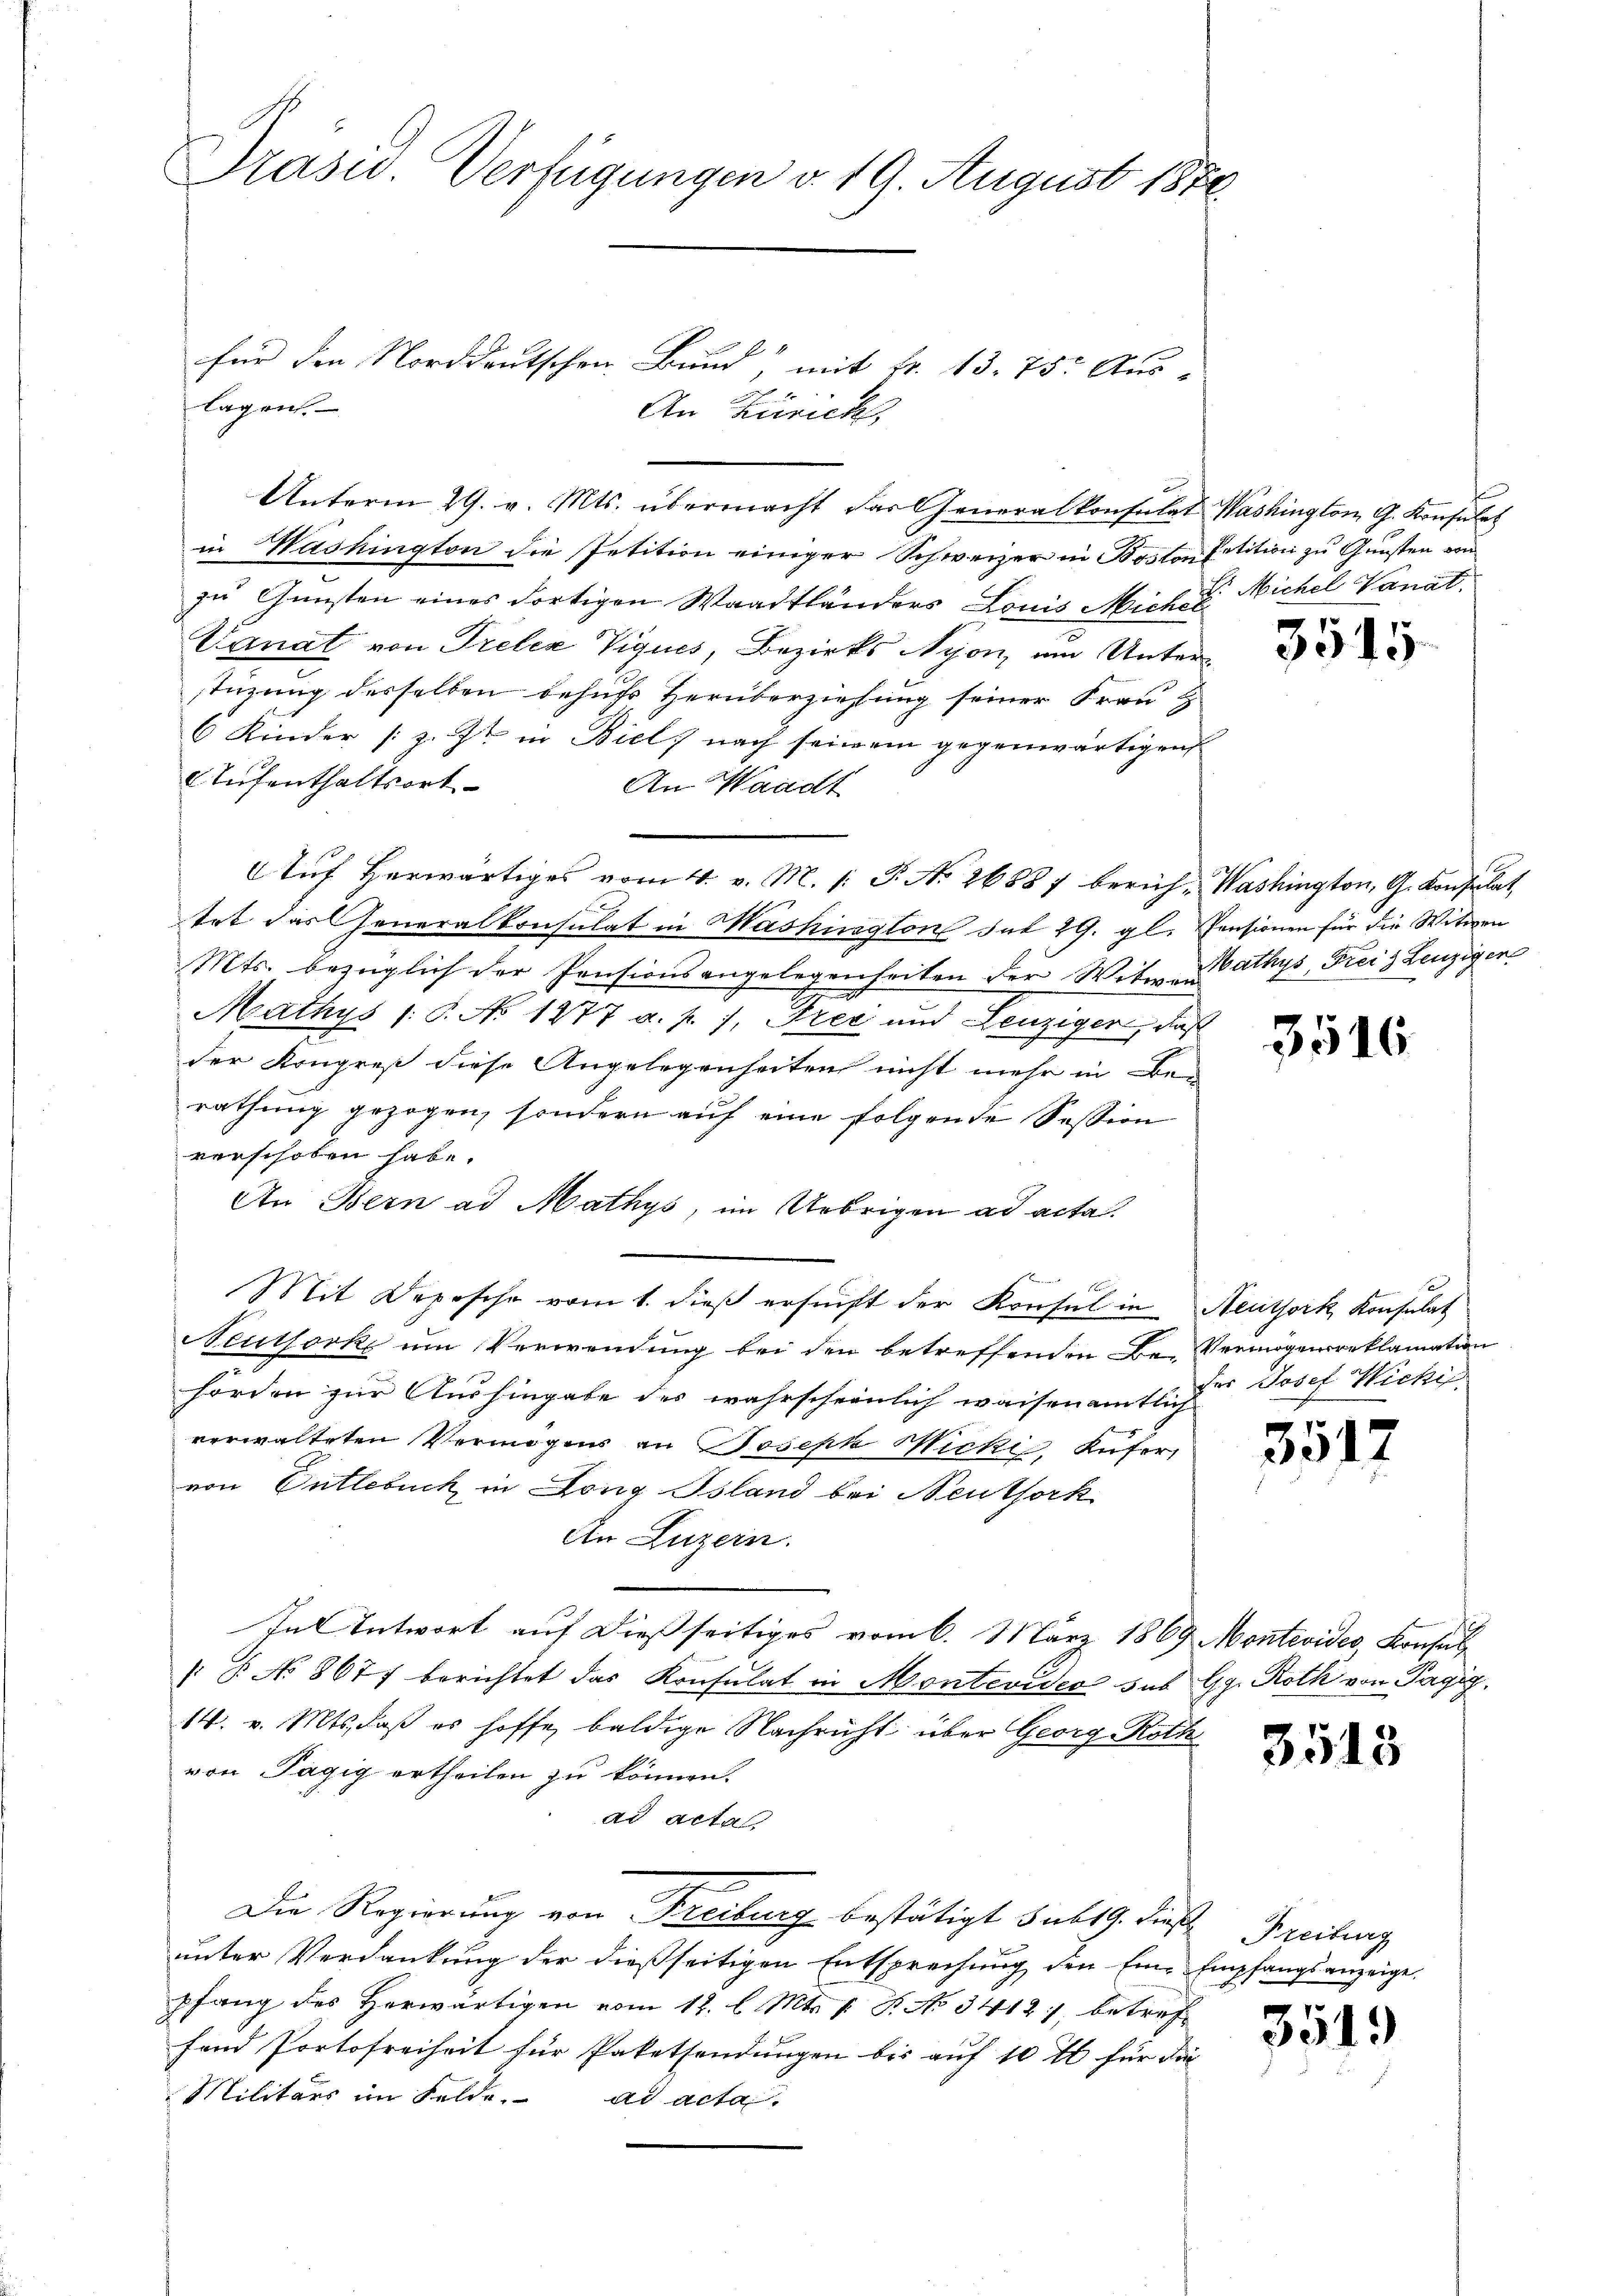
Präsid.. Verfügungen v. 19. August 1880.

für den Norddeutschen Bund, mit Fr. 13. 75. Aus-
lagen.
An Zürich,
Unterm 29. v. Mts. übermacht das Generalkonsulat Washington G. Konsulat
in Washington die Petition einiger Schweizer in Boston Petition zu Gunsten von
zu Gunsten eines dortigen Waadtländers Louis Mich. E. Michel Vanat
Vanat von Treter Viques, Bezirks Nyon, um Unterstüzung desselben behufs Verüberziehung seiner Frau
6 Kinder [z. Zt. in Biel, nach seinem gegenwärtigen
Aufenthaltsort
An Waadt
Auf herwärtiges vom 4. v. M. /: P. No 26887 berich, Washington, G. Konsulat
tet das Generalkonsulat in Mashington hat 29. gl. Pensionen für die Witwen
Mts. bezüglich der Pensionsangelegenheiten der Wite Pathys, Frei Leuzigen
Mathys /: P. No 1877 a. p. 1, Frei und Lenzigen, daß
der Kongreß diese Angelegenheiten nicht mehr in Be-
rathung gezogen, sondern auf eine folgende Session
verschoben habe.
An Bern ad Mathys, im Uebrigen ad acta.
.
Mit Depesche vom 1. dieß ersucht der Konsul in Neuthork Konsulat
Neuthorke um Verwendung bei den betreffenden Be-Vermögensreklamation
hörden zur Aushingabe des wahrscheinlich waisenamtlich
verwalteten Vermögens an Joseph Micki, Küfer,
von Entlebuch in Long Bsland bei Neuthork
An Luzern.
Tat Entwort auf dießseitiges vom 6. März 1869 Montevides, Konsul
B. No 8677 berichtet das Konsulat in Montevideo sub Gg. Roth von Pagig.
14. v. Mts. daß es hoffe, baldige Nachricht über Georg Roth
von Tägig ertheilen zu können.
ad acta
Die Regierung von Freiburg bestätigt sub 19. dieß Freibung
unter Verdankung der dießseitigen Entsprechung den Eine Empfangsanzeige,
pfang des Herwärtigen vom 12. l. Mts. 1. P. No 3412), betreffand Portofreiheit für Paketsendungen bis auf 10 M für die
Militärs im Felde. ad acta

3515

3516

der Josef Wichi

3517

3513

3519